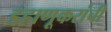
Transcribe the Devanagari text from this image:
डहाणूकरांची